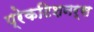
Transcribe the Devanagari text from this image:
प्रेकटिशनर्स